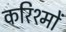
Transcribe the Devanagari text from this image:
करिश्मों